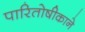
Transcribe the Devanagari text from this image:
पारितोषीकाने